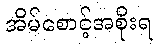
အိမ်စောင့်အစိုးရ